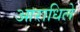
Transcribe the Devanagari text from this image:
आराधिले